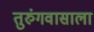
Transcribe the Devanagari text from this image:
तुरुंगवासाला